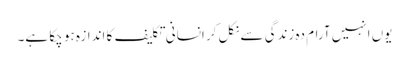
یوں انہیں آرام دہ زندگی سے نکل کر انسانی تکلیف کا اندازہ ہو چکا ہے۔